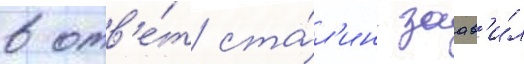
в отв'е́т ста́л'ин заав'и́л